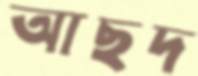
আছদ